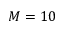
M = 1 0